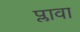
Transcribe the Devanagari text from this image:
प्लावा